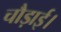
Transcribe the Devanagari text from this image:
चौड़ाई।